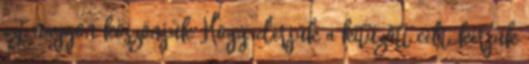
ezt nagyon köszönjük Hogy elérjük a kitűzött célt, kérjük